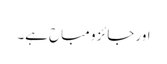
اور جائز و مباح ہے۔